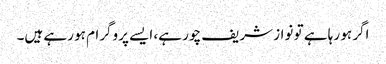
اگر ہو رہا ہے تو نواز شریف چور ہے، ایسے پروگرام ہو رہے ہیں۔